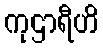
ကုဌာရီဟိ